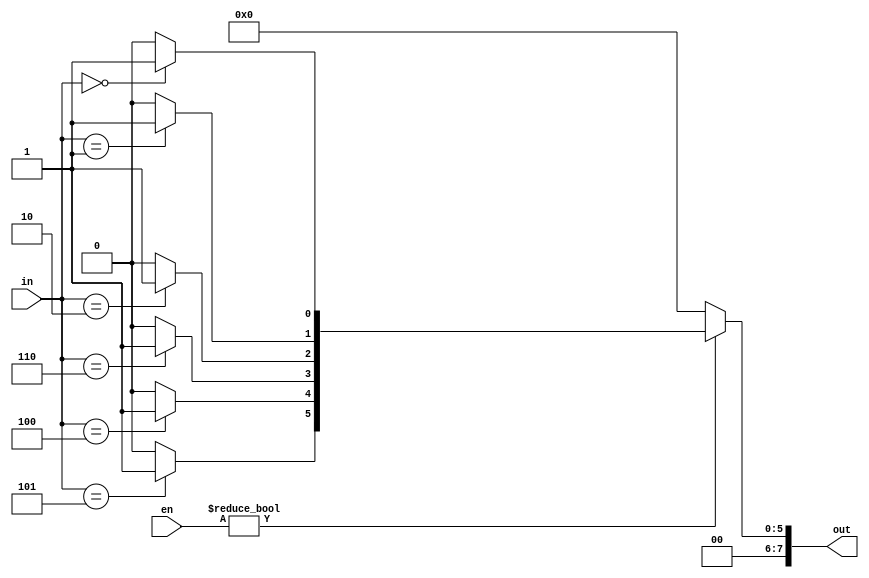
`timescale 1ns / 1ps
//////////////////////////////////////////////////////////////////////////////////
// Company: 
// Engineer: 
// 
// Design Name: 
// Module Name: decoder_3_to_8
// Project Name: 
// Target Devices: 
// Tool Versions: 
// Description: 
// 
// Dependencies: 
// 
// Revision:
// Revision 0.01 - File Created
// Additional Comments:
// 
//////////////////////////////////////////////////////////////////////////////////


module decoder_3_to_8(out,in,en);
input [2:0] in,en;
output reg [7:0] out;
always@ (in or en) begin
if (en) begin
out=0;

 case (in)
    3'b000: out[0]=1;
    3'b001: out[1]=1;
    3'b010: out[2]=1;
    3'b110: out[3]=1;
    3'b100: out[4]=1;
    3'b101: out[5]=1;
    3'b110: out[6]=1;
    
    3'b000: out[8]=1;
    default: out=0;
    endcase
    end
    else
     out=0;
    end

    
endmodule